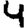
Digit: 4